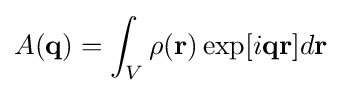
A(\mathbf {q} )=\int _{V}\rho (\mathbf {r} )\exp[i\mathbf {qr} ]d\mathbf {r}